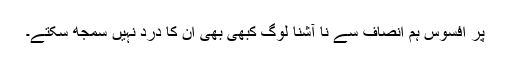
پر افسوس ہم انصاف سے نا آشنا لوگ کبھی بھی ان کا درد نہیں سمجھ سکتے۔